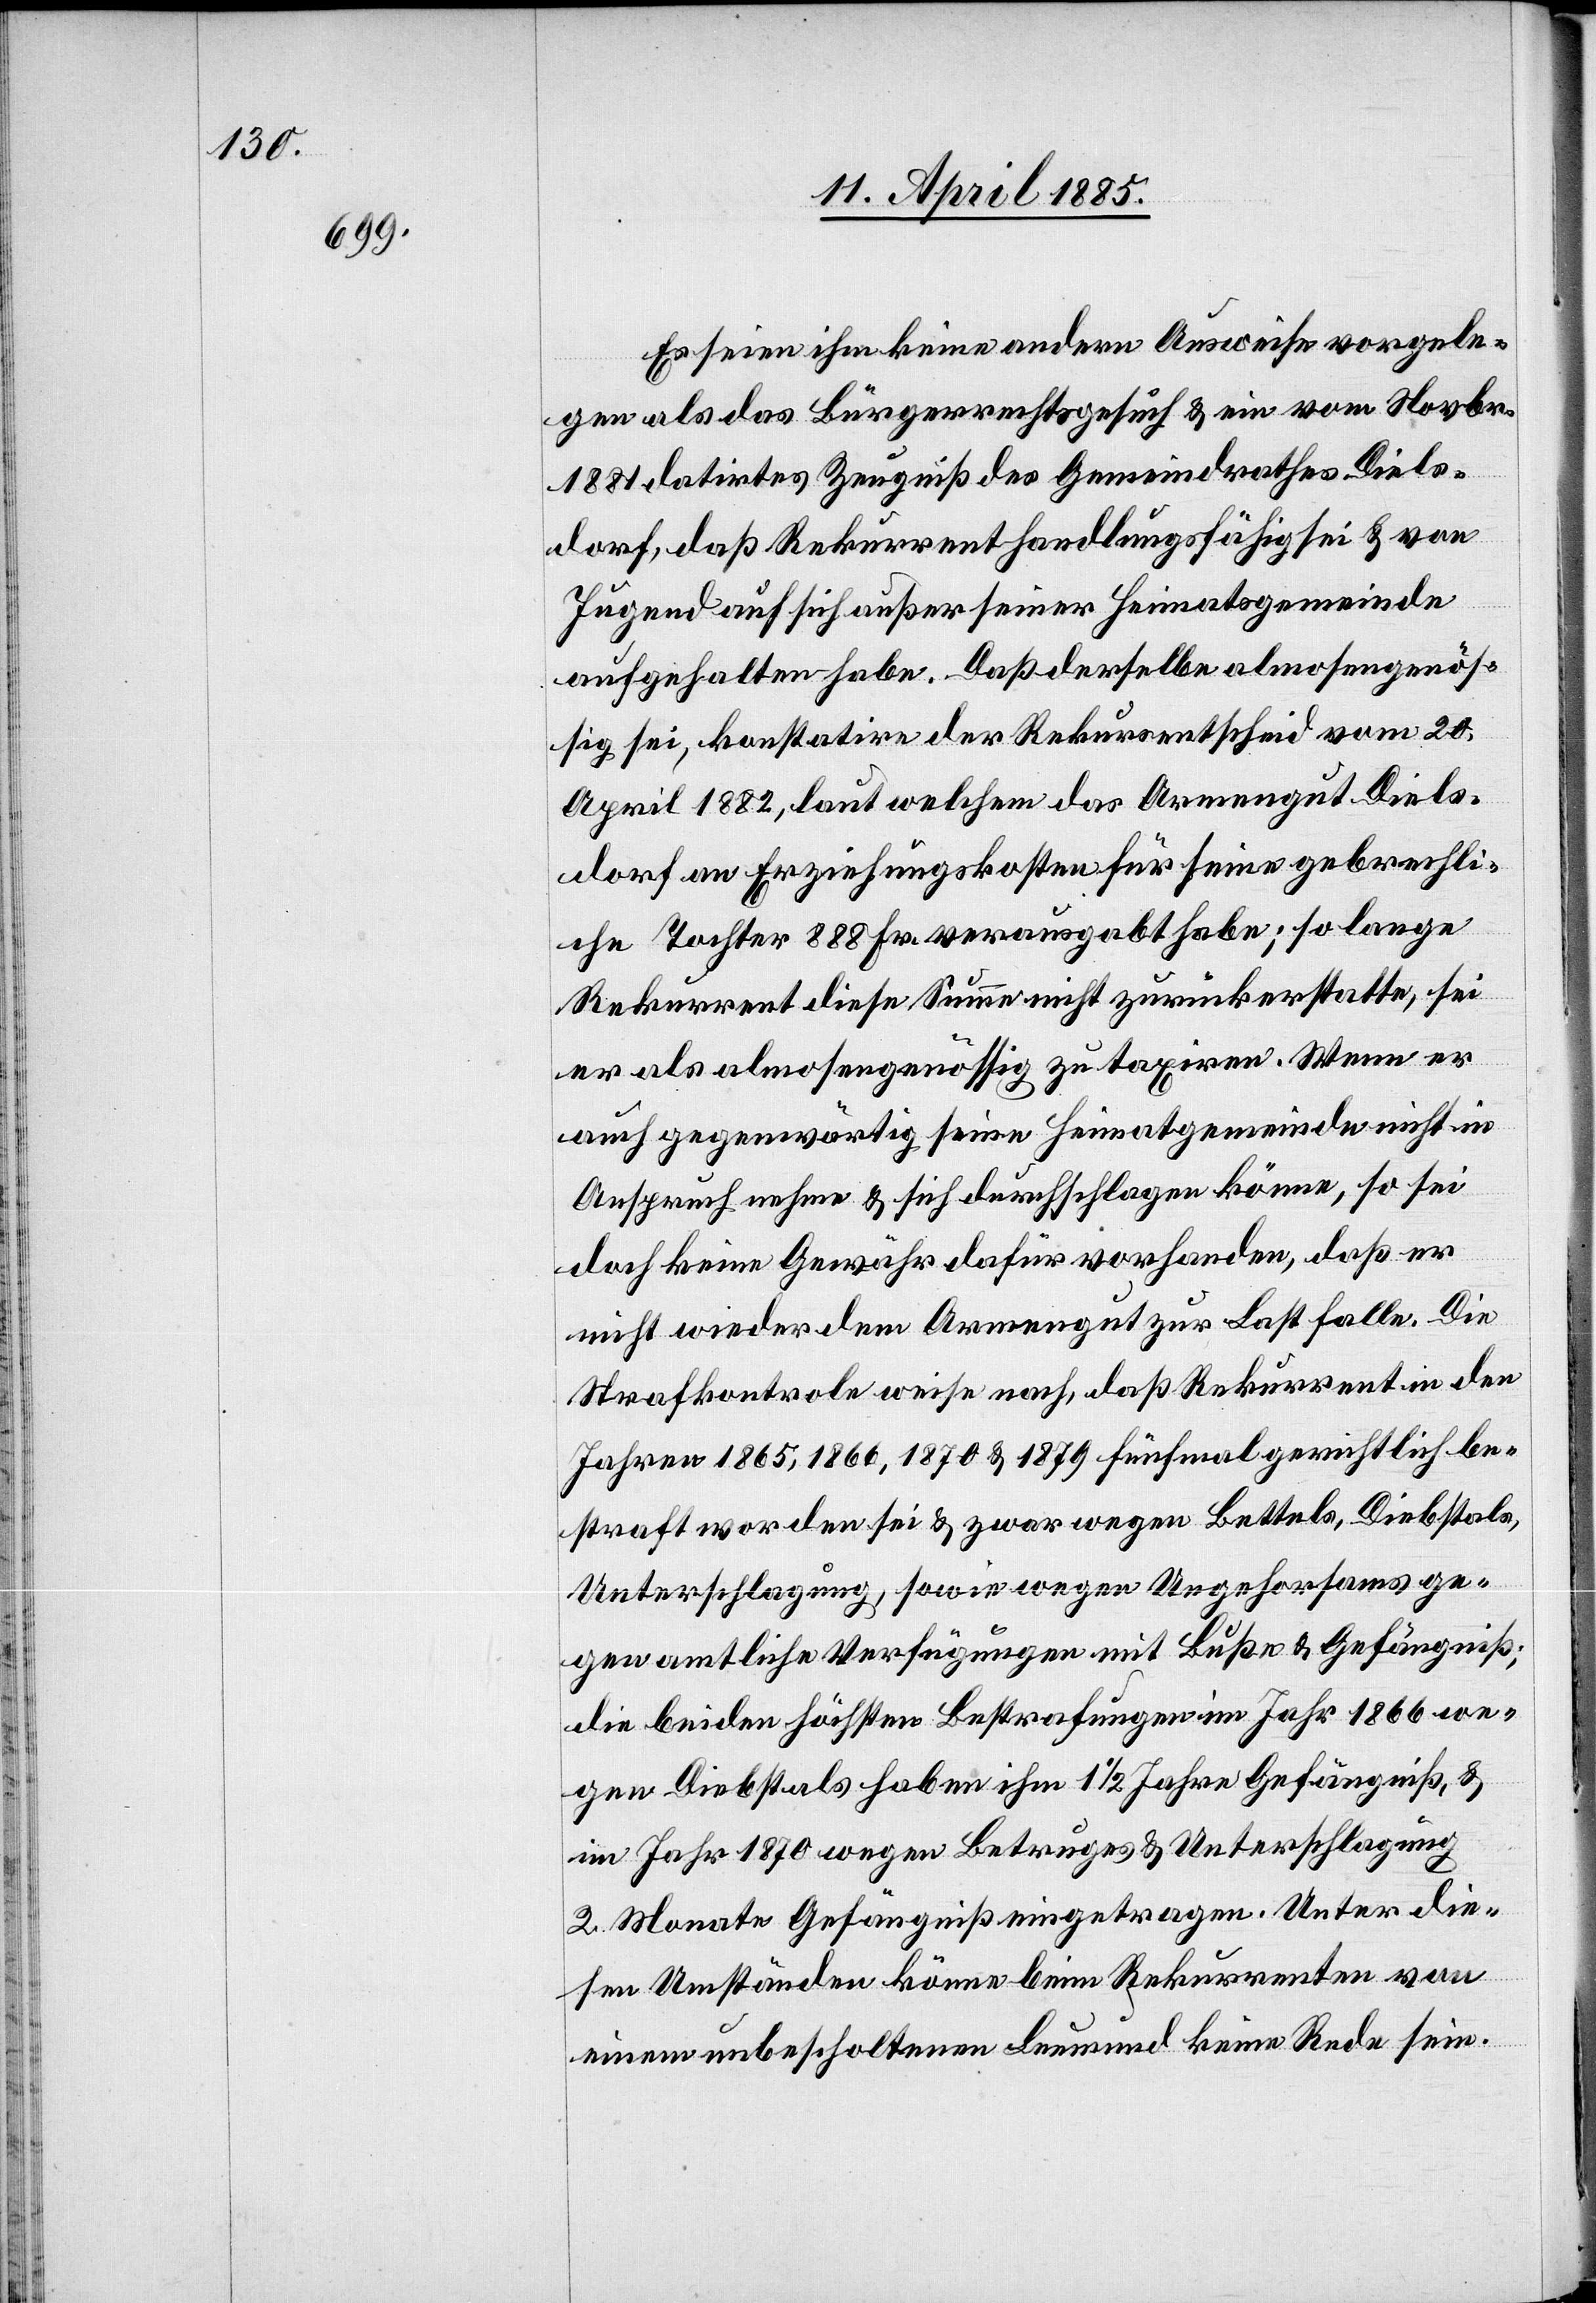
Es seien ihm keine andern Ausweise vorgele¬
gen als das Bürgerrechtsgesuch & ein vom Novbr.
1881 datirtes Zeugniß des Gemeindrathes Diels¬
dorf, daß Rekurrent handlungsfähig sei & von
Jugend auf sich außer seiner Heimatgemeinde
aufgehalten habe. Daß derselbe almosengenös¬
sig sei, konstatire der Rekursentscheid vom 20.
April 1882, laut welchem das Armengut Diels¬
dorf an Erziehungskosten für seine gebrechli¬
che Tochter 888 Fr. verausgabt habe; so lange
Rekurrent diese Summe nicht zurückerstatte, sei
er als almosengenössig zu taxiren. Wenn er
auch gegenwärtig seine Heimatgemeinde nicht in
Anspruch nehme & sich durchschlagen könne, so sei
doch keine Gewähr dafür vorhanden, daß er
nicht wieder dem Armengut zur Last falle. Die
Strafkontrole weise nach, daß Rekurrent in den
Jahren 1865, 1866, 1870 & 1879 fünfmal gerichtlich be¬
straft worden sei & zwar wegen Bettels, Diebstals,
Unterschlagung, sowie wegen Ungehorsams ge¬
gen amtliche Verfügungen mit Buße & Gefängniß;
die beiden höchsten Bestrafungen im Jahr 1866 we¬
gen Diebstals haben ihm 1 1/2 Jahre Gefängniß,
im Jahr 1870 wegen Betruges & Unterschlagung
2 Monate Gefängniß eingetragen. Unter die¬
sen Umständen könne beim Rekurrenten von
einem unbescholtenen Leumund keine Rede sein.